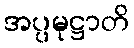
အပ္ပမုဋ္ဌာတိ